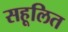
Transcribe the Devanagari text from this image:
सहूलित